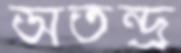
অতন্দ্র